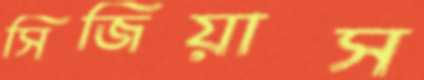
সিজিয়াস